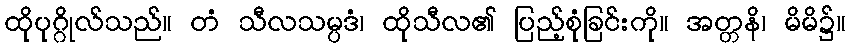
ထိုပုဂ္ဂိုလ်သည်။ တံ သီလသမ္ပဒံ၊ ထိုသီလ၏ ပြည့်စုံခြင်းကို။ အတ္တနိ၊ မိမိ၌။